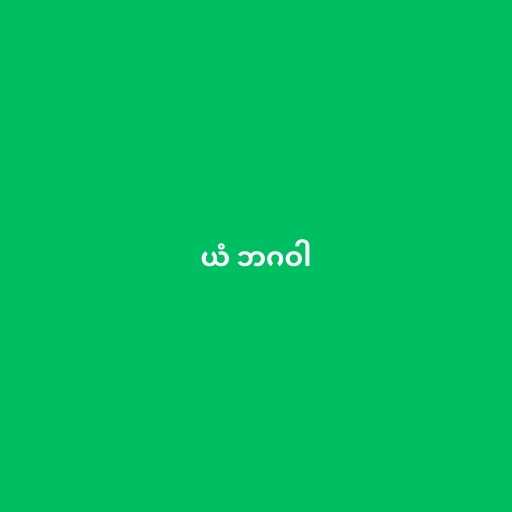
ယံ ဘဂဝါ